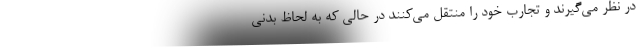
در نظر می‌گیرند و تجارب خود را منتقل می‌کنند در حالی که به لحاظ بدنی